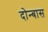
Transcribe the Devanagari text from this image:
दोन्बास